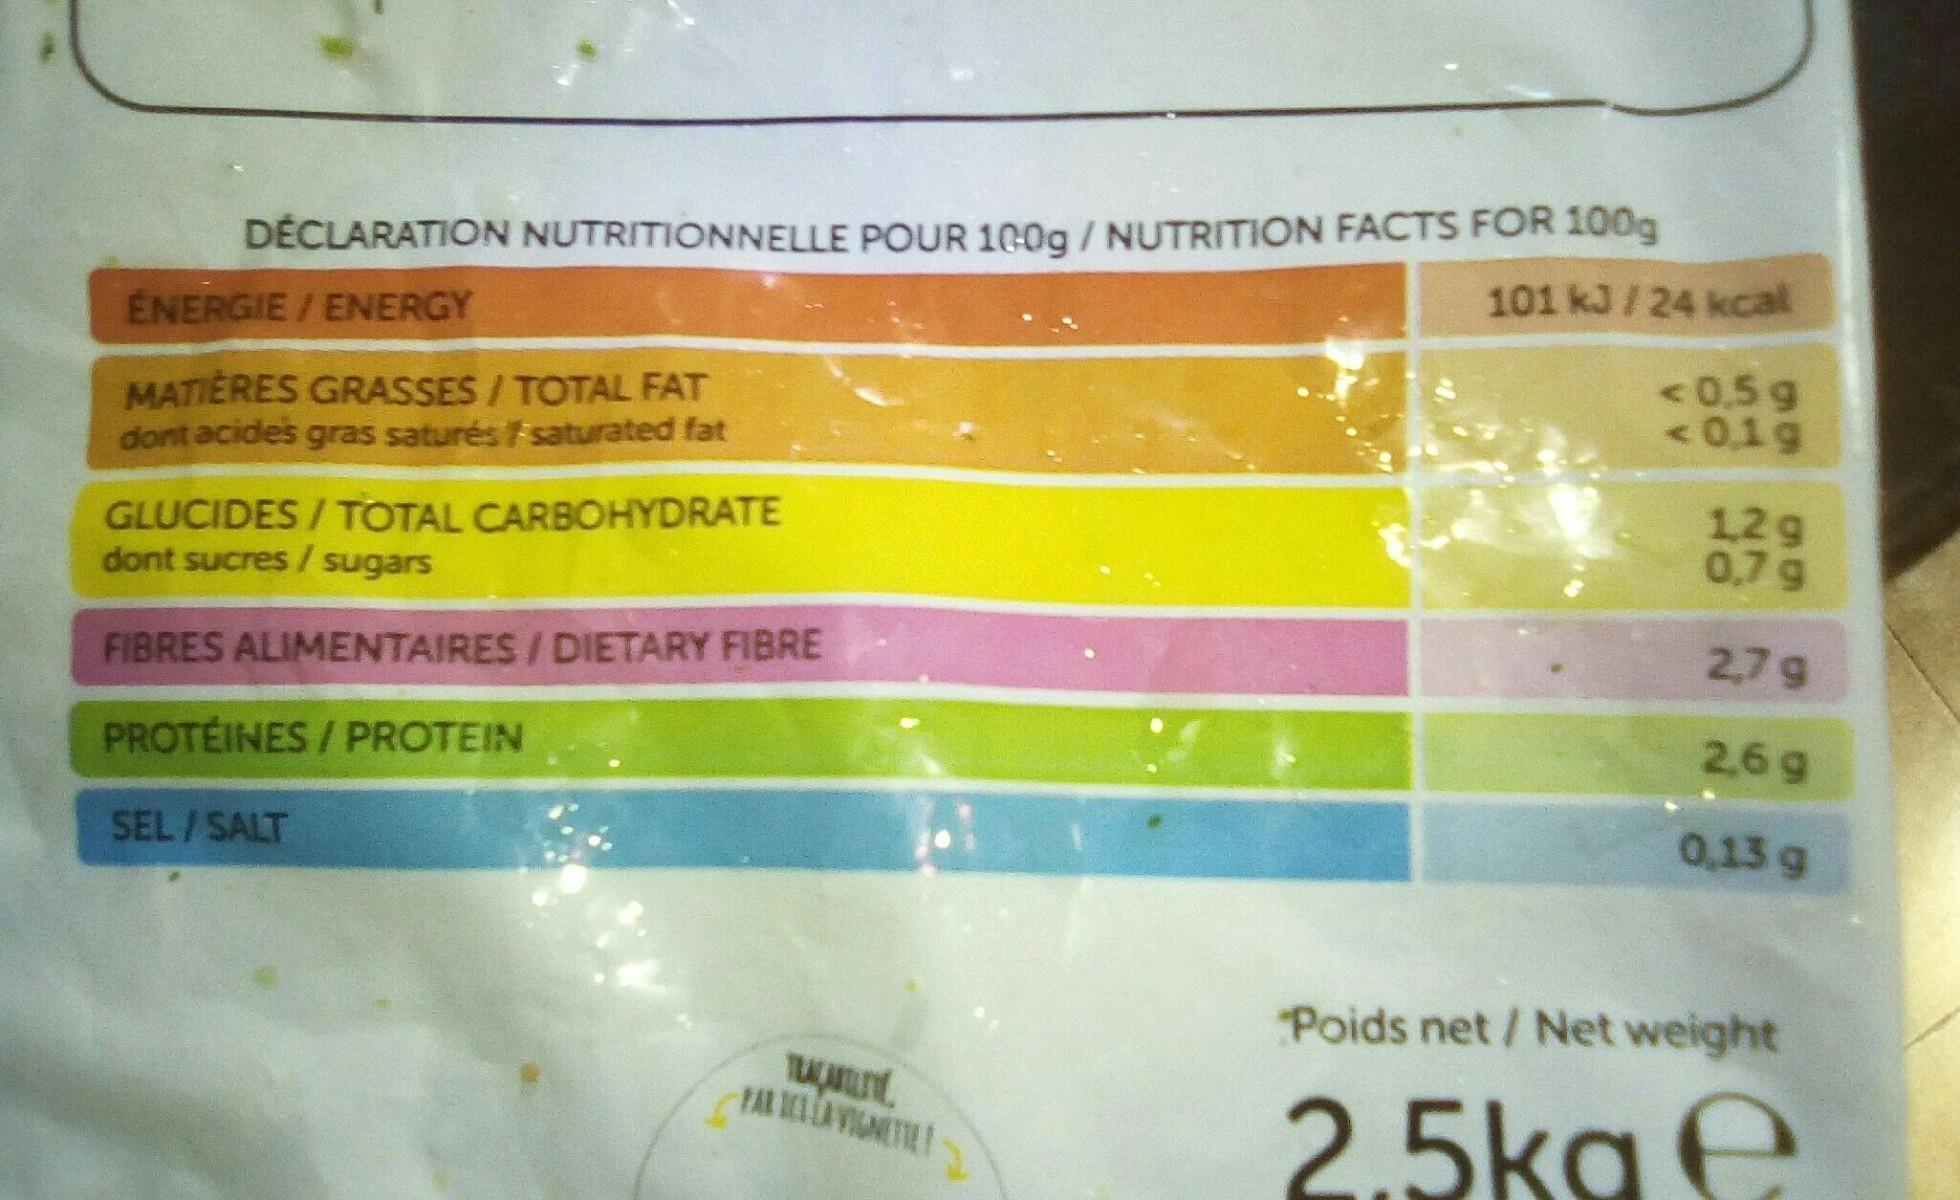
DÉCLARATION NUTRITIONNELLE POUR 1Gog / NUTRITION FACTS FOR 100g
101 kJ/24 kcal
ENERGIE / ENERGY
<0,5 g
MATIÈRES GRASSES / TOTAL FAT dont acides gras saturés saturated fat
6TO > 12g 0,7 g
GLUCIDES/TOTAL CARBOHYDRATE dont sucres / sugars
2,7g
FIBRES ALIMENTAIRES/DIETARY FIBRE
2,6 g
PROTEINES/PROTEIN
0,13 g
SEL/SALT
Poids net / Net weight
TAÇAL PAR EA VINETIE
2.5kg e